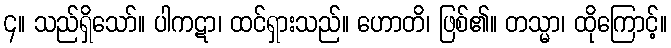
၄။ သည်ရှိသော်။ ပါကဋာ၊ ထင်ရှားသည်။ ဟောတိ၊ ဖြစ်၏။ တသ္မာ၊ ထိုကြောင့်။